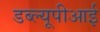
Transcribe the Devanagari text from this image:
डब्ल्यूपीआई